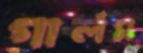
গার্লস